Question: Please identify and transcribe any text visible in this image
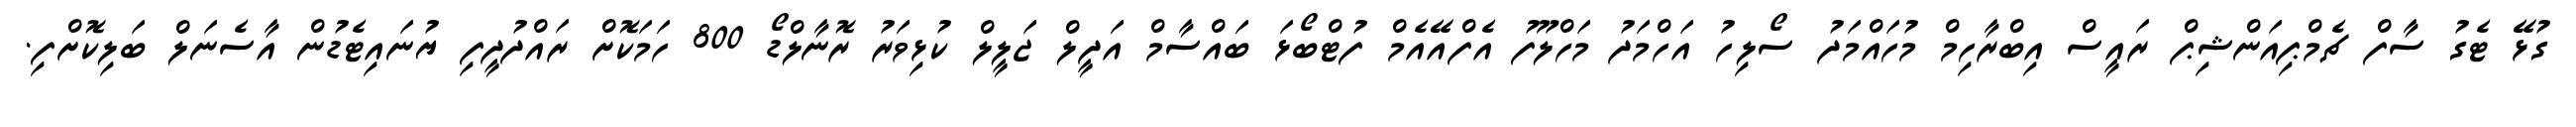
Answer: ގުޅޭ ޓެގު ސާފް ޗެމްޕިއަންޝިޕް ރައީސް އިބްރާހިމް މުހައްމަދު ސޯލިހު އަހްމަދު މަހްލޫފު އެފްއޭއެމް ފުޓްބޯޅަ ބައްސާމް އަދީލް ޖަލީލް ކުޅިވަރު ރޮނާލްޑޯ 800 ހަމަކޮށް ރައްދުދީފި ޔުނައިޓެޑުން އާސެނަލް ބަލިކޮށްފި.